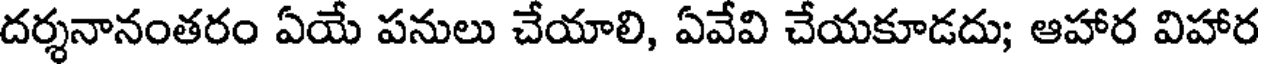
దర్శనానంతరం ఏయే పనులు చేయాలి, ఏవేవి చేయకూడదు; ఆహార విహార